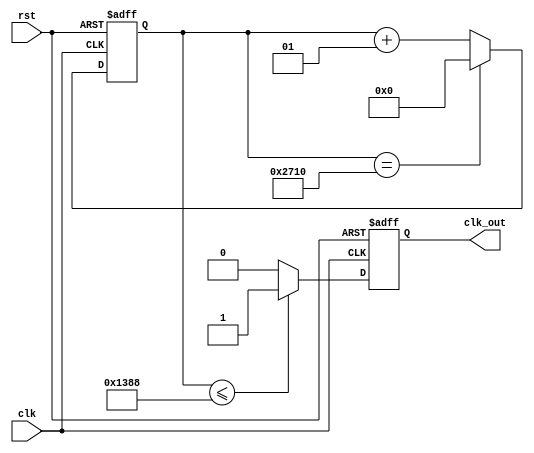
`timescale 1ns / 1ps
//////////////////////////////////////////////////////////////////////////////////
// Company: 
// Engineer: 
// 
// Design Name: 
// Module Name: counter_0_9
// Project Name: 
// Target Devices: 
// Tool Versions: 
// Description: 
// 
// Dependencies: 
// 
// Revision:
// Revision 0.01 - File Created
// Additional Comments:
// 
//////////////////////////////////////////////////////////////////////////////////
module clk_fast(clk, rst, clk_out); //Function to divide the clock from 100MHz to 10KHz
    input clk, rst;
    output reg clk_out;
    integer cnt;
    always@(posedge clk or posedge rst)
    begin
        if(rst) cnt <=0;
        else if(cnt==10000)
        cnt<=0;
        else
        cnt<=cnt+1;
      end  
    always @ (posedge(clk) or posedge rst)
    begin
        if (rst) clk_out <= 0;
        else if(cnt<=5000)clk_out<=1'b1;
        else clk_out<=1'b0;
    end    
endmodule

module clk_slow(clk, rst, clk_out); //Function to divide the clock from 100MHz to 10Hz
    input clk, rst;
    output reg clk_out;
    integer cnt;
    always@(posedge clk or posedge rst)
    begin
        if(rst) cnt <=0;
        else if(cnt==10000000)
        cnt<=0;
        else
        cnt<=cnt+1;
      end  
    always @ (posedge(clk) or posedge rst)
    begin
        if (rst) clk_out <= 0;
        else if(cnt<=5000000)clk_out<=1'b1;
        else clk_out<=1'b0;
    end    
endmodule

module and_gate(x, y, f); //and gate module
    input x, y;
    output f;
    
    assign f = x & y;
endmodule 
module dff(clk, rst, D, Q); //D flip flop module
    input clk, rst, D;
    output reg Q;
    always @(posedge (clk) or posedge rst) begin
        if (rst) Q <= 1'b0;
        else Q <= D;
    end     
endmodule
module d_bounce(clk, rst, D, d_bnc); //de-bounce circuit 
    input clk, rst, D;
    output d_bnc;
    wire [2:0] Q;
    wire clk_div, l;
    
    clk_slow u1(clk, rst, clk_div);
    dff d1(clk_div, rst, D, Q[0]);
    dff d2(clk_div, rst, Q[0], Q[1]);
    dff d3(clk_div, rst, Q[1], Q[2]);
    
    and_gate and1(Q[0], Q[1], l);
    and_gate and2(Q[2], l, d_bnc);
             
endmodule

module cntr_0_9(clk, rst, B, bcd); //module to count from 0 to 9
    input clk, rst, B;
    output reg[3:0] bcd;
    integer cntr1;
    always @(posedge clk or posedge rst) begin //always block to control the counter
        if(rst) begin 
                cntr1 <=0;
                end
        else if(cntr1==9) begin
                cntr1<=0;
                end
        else begin
            if(B)begin cntr1<=cntr1+1; end //if button is pressed
        end
    end
    always @(cntr1) begin //always block to translate decimal to BCD
        case(cntr1)
          1      : bcd = {4'b0001};
          2      : bcd = {4'b0010};
          3      : bcd = {4'b0011};
          4      : bcd = {4'b0100};
          5      : bcd = {4'b0101};
          6      : bcd = {4'b0110};
          7      : bcd = {4'b0111};
          8      : bcd = {4'b1000};
          9      : bcd = {4'b1001};
          default: bcd = {4'b0000};
       endcase
    end         
endmodule 
module bcd_to_7seg(bcd, Y); //module to display the corresponding LEDs in the 7 seg
    input [3:0] bcd;
    output reg [7:0] Y;
     always @(bcd) 
        case({bcd})
            4'b0001 : Y = {8'b01100000};
            4'b0010 : Y = {8'b11011010};
            4'b0011 : Y = {8'b11110010};
            4'b0100 : Y = {8'b01100110};
            4'b0101 : Y = {8'b10110110};
            4'b0110 : Y = {8'b10111110};
            4'b0111 : Y = {8'b11100000};
            4'b1000 : Y = {8'b11111110};
            4'b1001 : Y = {8'b11110110};
            4'b1010 : Y = {8'b11101110};
            4'b1011 : Y = {8'b00111110};
            4'b1100 : Y = {8'b10011100};
            4'b1101 : Y = {8'b01111010};
            4'b1110 : Y = {8'b10011110};
            4'b1111 : Y = {8'b10001110};
            default: Y = {8'b11111100};
        endcase
endmodule